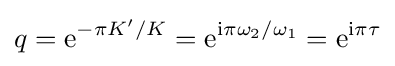
q=\mathrm {e} ^{-{\pi K'/K}}=\mathrm {e} ^{{\rm {i}}\pi \omega _{2}/\omega _{1}}=\mathrm {e} ^{{\rm {i}}\pi \tau }